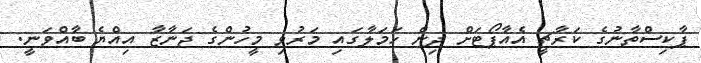
ޕާކިސްތާނުގެ ކަރާޗީ އެއާޕޯޓަށް ދިން ހަމަލާގައި މަރުވި މީހުންގެ ޖަނާޒާ އިއްޔެ ބާއްވަނީ.